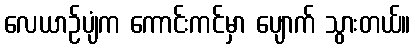
လေယာဉ်ပျံက ကောင်းကင်မှာ ပျောက် သွားတယ်။